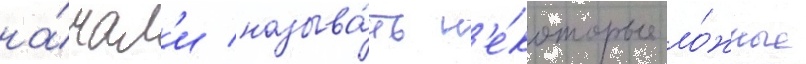
на́чал'и называ́ть н'е́которые ло́жные